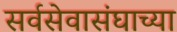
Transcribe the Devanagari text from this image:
सर्वसेवासंघाच्या